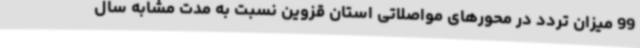
99 میزان تردد در محورهای مواصلاتی استان قزوین نسبت به مدت مشابه سال